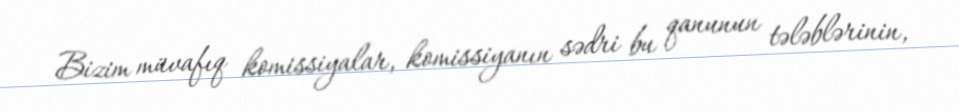
Bizim müvafıq komissiyalar, komissiyanın sədri bu qanunun tələblərinin,